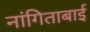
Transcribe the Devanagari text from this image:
नांगिताबाई